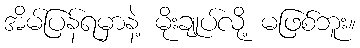
အိမ်ပြန်ရမှာနဲ့ မိုးချုပ်လို့ မဖြစ်ဘူး။